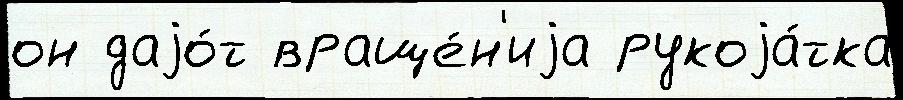
он даjо́т враще́н'иjа рукоjа́тка